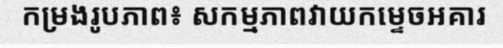
កម្រងរូបភាព៖ សកម្មភាពវាយកម្ទេចអគារ